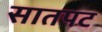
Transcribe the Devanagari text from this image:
सातपट